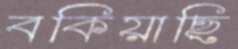
বকিয়াছি